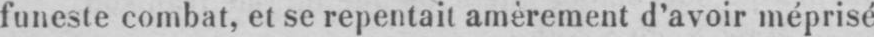
funeste combat, et se repentait amèrement d’avoir méprisé